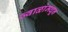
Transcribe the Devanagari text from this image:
ज्वाळांमधून